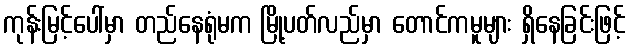
ကုန်းမြင့်ပေါ်မှာ တည်နေရုံမက မြို့ပတ်လည်မှာ တောင်ကမူများ ရှိနေခြင်းဖြင့်